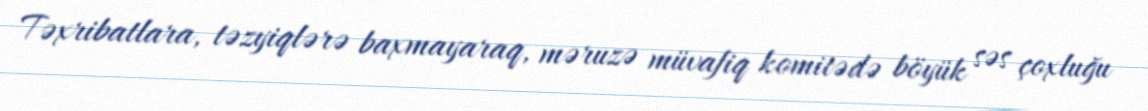
Təxribatlara, təzyiqlərə baxmayaraq, məruzə müvafiq komitədə böyük səs çoxluğu